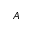
A